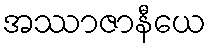
အဿာဇာနီယေ